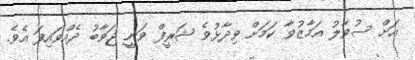
އަށް ސުވާލު އަމާޒުވާ ކަމަށް ވިދާޅުވެ ޝަރީފް ވަނީ ޖަވާބު ދެއްވައިފަ އެވެ.